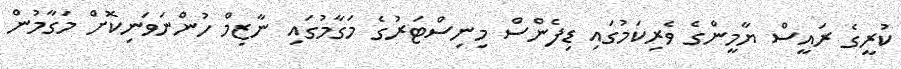
ކުރީގެ ރައީސް ޔާމީންގެ ވެރިކަމުގައި ޑިފެންސް މިނިސްޓަރުގެ މަގާމުގައި ނާޒިމް ހުންނަވަނިކޮށް މަގާމުން